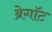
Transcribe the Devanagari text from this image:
ब्रेगॉट